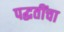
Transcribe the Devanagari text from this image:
पद्घतींचा